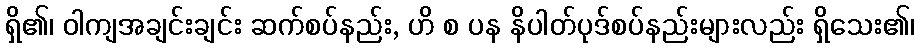
ရှိ၏၊ ဝါကျအချင်းချင်း ဆက်စပ်နည်း, ဟိ စ ပန နိပါတ်ပုဒ်စပ်နည်းများလည်း ရှိသေး၏၊